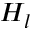
H _ { l }